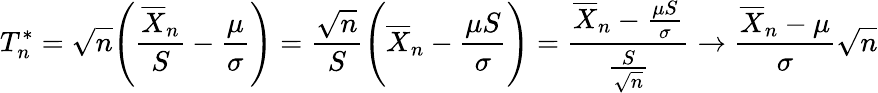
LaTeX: T_{n}^{*}=\sqrt{n}\Bigg(\frac{\overline{{X}}_{n}}{S}-\frac{\mu}{\sigma}\Bigg)=\frac{\sqrt{n}}{S}\Bigg(\overline{{X}}_{n}-\frac{\mu S}{\sigma}\Bigg)=\frac{\overline{{X}}_{n}-\frac{\mu S}{\sigma}}{\frac{S}{\sqrt{n}}}\rightarrow\frac{\overline{{X}}_{n}-\mu}{\sigma}\sqrt{n}